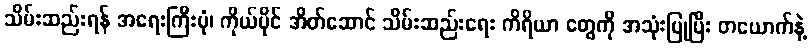
သိမ်းဆည်းရန် အရေးကြီးပုံ၊ ကိုယ်ပိုင် အိတ်ဆောင် သိမ်းဆည်းရေး ကိရိယာ တွေကို အသုံးပြုပြီး တယောက်နဲ့